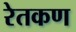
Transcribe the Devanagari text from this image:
रेतकण